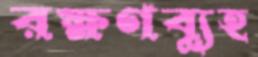
রক্ষণব্যূহ